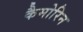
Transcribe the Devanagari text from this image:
कैमोरिन